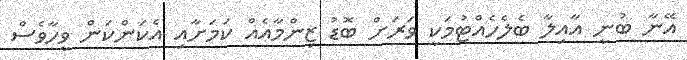
އޭނާ ބުނީ އާއިލާ ބެލެހެއްޓުމަކީ ވަރަށް ބޮޑު ޒިންމާއެއް ކަމަށާއި އެކަންކަން ވީހާވެސް